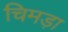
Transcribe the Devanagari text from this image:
चिमड़ा